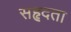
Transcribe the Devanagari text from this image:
सहृदता